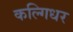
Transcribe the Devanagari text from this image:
कल्गिधर